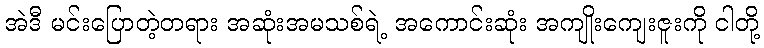
အဲဒီ မင်းပြောတဲ့တရား အဆုံးအမသစ်ရဲ့ အကောင်းဆုံး အကျိုးကျေးဇူးကို ငါတို့